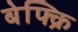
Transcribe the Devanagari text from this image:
बेफ्क्रि